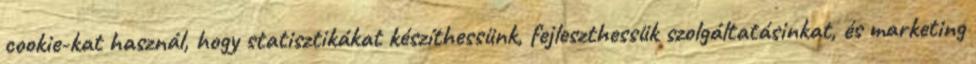
cookie-kat használ, hogy statisztikákat készíthessünk, fejleszthessük szolgáltatásinkat, és marketing